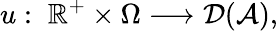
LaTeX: u:\; \mathbb{R}^{+}\times\Omega\longrightarrow\mathcal{D}(\mathcal{A}),